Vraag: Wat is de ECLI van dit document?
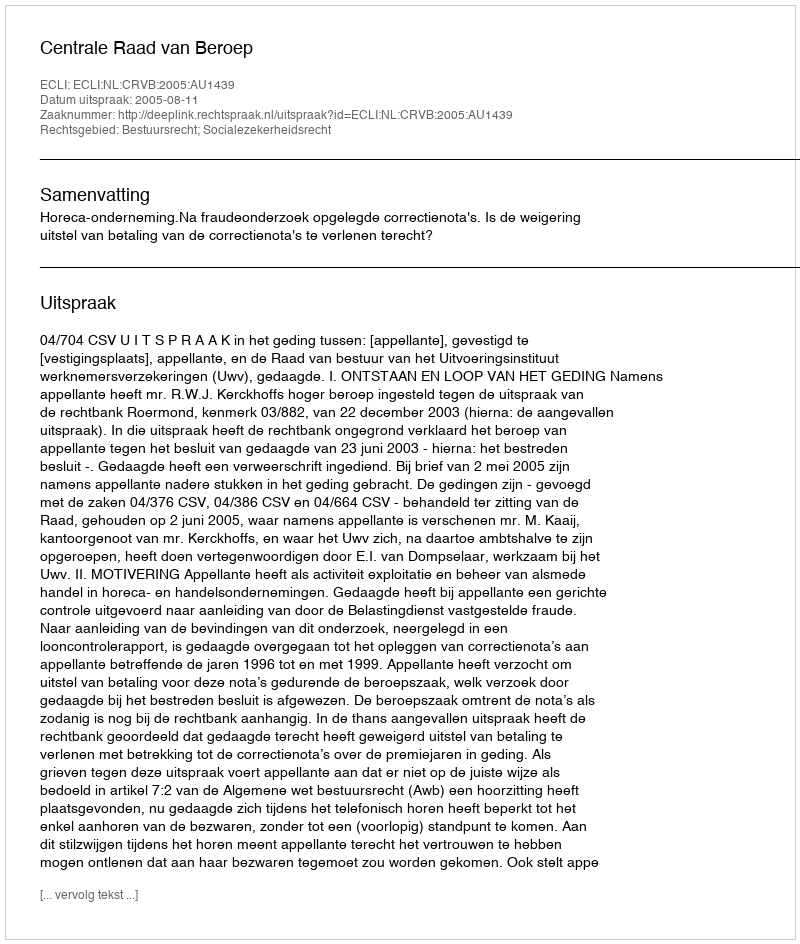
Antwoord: ECLI:NL:CRVB:2005:AU1439